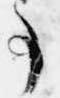
事